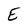
Character: E